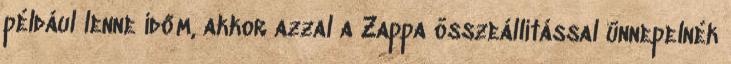
például lenne időm, akkor azzal a Zappa összeállítással ünnepelnék